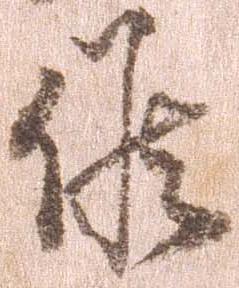
候